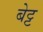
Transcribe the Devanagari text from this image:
बेट्ट